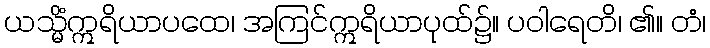
ယသ္မိံဣရိယာပထေ၊ အကြင်ဣရိယာပုထ်၌။ ပဝါရေတိ၊ ၏။ တံ၊